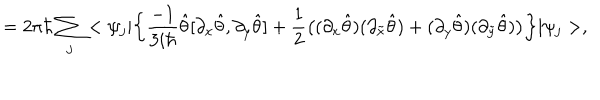
= 2 \pi \hbar \sum _ { j } < \psi _ { j } | \bigg \{ \frac { - 1 } { 3 i \hbar } \hat { \theta } [ \partial _ { x } \hat { \theta } , \partial _ { y } \hat { \theta } ] + \frac { 1 } { 2 } \big ( ( \partial _ { x } \hat { \theta } ) ( \partial _ { \tilde { x } } \hat { \theta } ) + ( \partial _ { y } \hat { \theta } ) ( \partial _ { \tilde { y } } \hat { \theta } ) \big ) \bigg \} | \psi _ { j } > ,